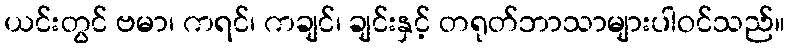
ယင်းတွင် ဗမာ၊ ကရင်၊ ကချင်၊ ချင်းနှင့် တရုတ်ဘာသာများပါဝင်သည်။